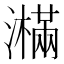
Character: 𤂉